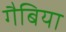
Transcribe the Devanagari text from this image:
गैबिया